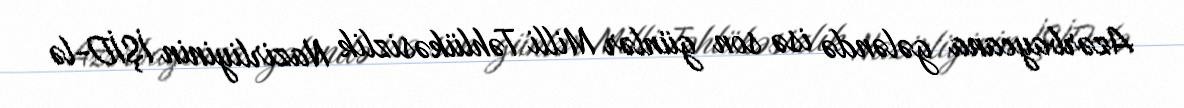
Azərbaycana gələndə isə son günlər Milli Təhlükəsizlik Nazirliyinin İŞİD-lə